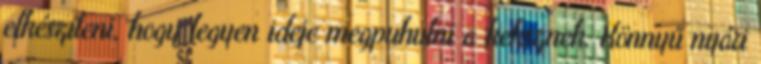
elkészíteni, hogy legyen ideje megpuhulni a keksznek. Könnyű nyári